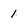
Character: 1